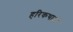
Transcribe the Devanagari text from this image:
हरिकथाओं